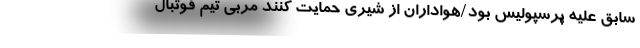
سابق علیه پرسپولیس بود/هواداران از شیری حمایت کنند مربی تیم فوتبال